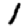
Digit: 1